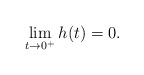
\begin{align*}\lim\limits_{t\to 0^+}h(t)=0.\end{align*}